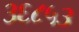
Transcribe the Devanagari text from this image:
३६८५३